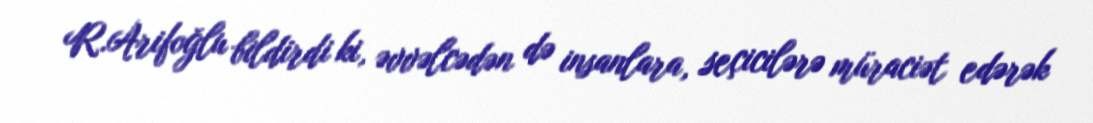
R.Arifoğlu bildirdi ki, əvvəlcədən də insanlara, seçicilərə müraciət edərək